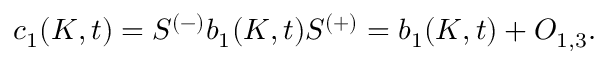
c _ { 1 } ( K , t ) = S ^ { ( - ) } b _ { 1 } ( K , t ) S ^ { ( + ) } = b _ { 1 } ( K , t ) + O _ { 1 , 3 } .